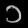
Digit: ၁